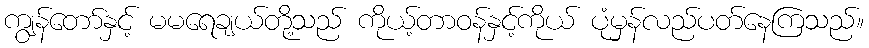
ကျွန်တော်နှင့် မမရေချယ်တို့သည် ကိုယ့်တာဝန်နှင့်ကိုယ် ပုံမှန်လည်ပတ်နေကြသည်။